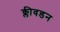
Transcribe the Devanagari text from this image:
क्लीवडन